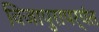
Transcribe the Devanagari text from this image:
विजापुरापर्यंत